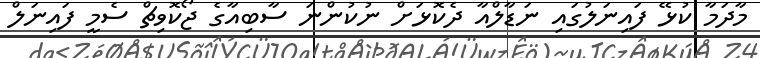
މާދަމާ ކުޅޭ ފައިނަލުގައި ނަޑާލްއާ ދެކޮޅަށް ނުކުންނަ ސާބިއާގެ ޖޯކޮވިޗް ސެމީ ފައިނަލް